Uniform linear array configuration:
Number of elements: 4
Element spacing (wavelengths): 0.75
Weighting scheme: blackman
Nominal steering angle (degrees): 60
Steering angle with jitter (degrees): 61.807
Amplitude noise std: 0.05
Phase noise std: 0.05

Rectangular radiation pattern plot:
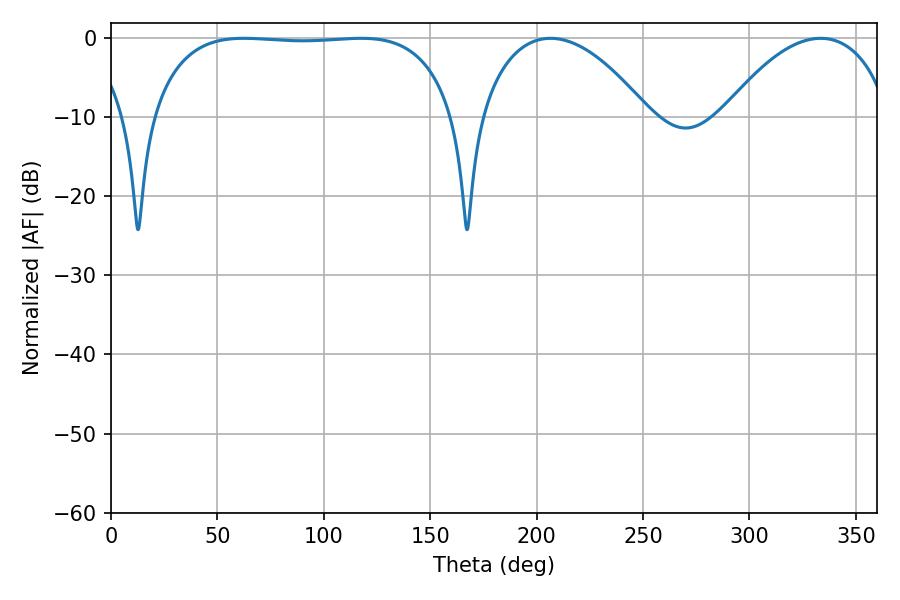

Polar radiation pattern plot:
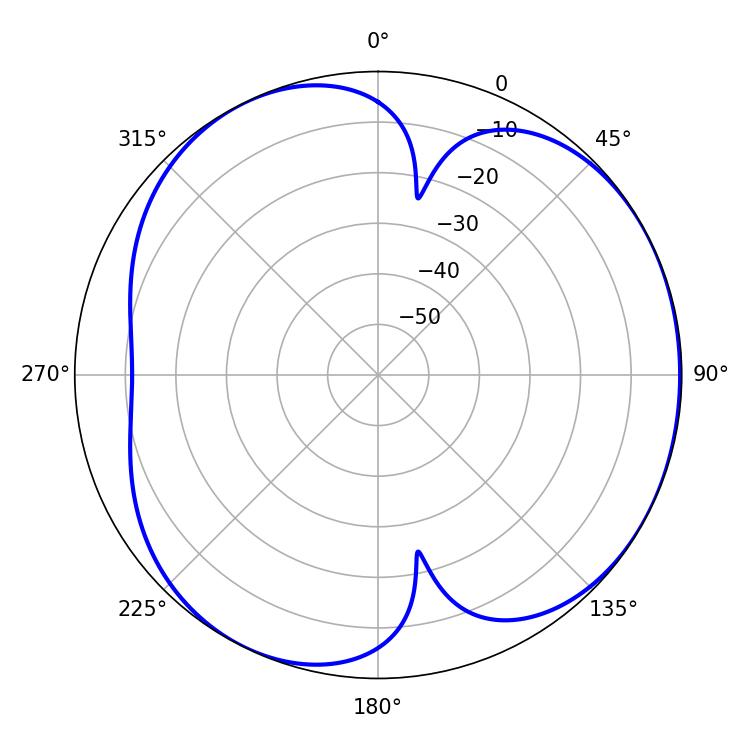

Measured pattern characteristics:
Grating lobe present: TRUE
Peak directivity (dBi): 4.211
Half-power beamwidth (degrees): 112.68
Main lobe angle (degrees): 62.46